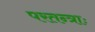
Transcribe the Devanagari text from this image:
परतन्त्राः